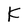
Character: K